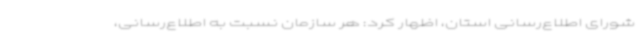
شورای اطلاع‌رسانی استان، اظهار کرد: هر سازمان نسبت به اطلاع‌رسانی،